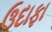
ઉદાફા